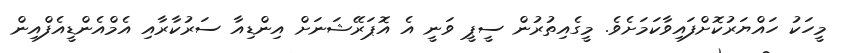
މީހަކު ހައްޔަރުކޮށްފައިވާކަމަށެވެ. މީގެއިތުރުން ސީޕީ ވަނީ އެ އޮޕަރޭޝަނަށް އިންޑިއާ ސަރުކާރާއި އެމްއެންޑީއެފްއިން